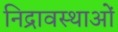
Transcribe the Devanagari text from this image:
निद्रावस्थाओं